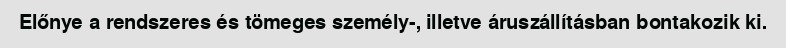
Előnye a rendszeres és tömeges személy-, illetve áruszállításban bontakozik ki.